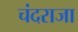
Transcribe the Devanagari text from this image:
चंदराजा